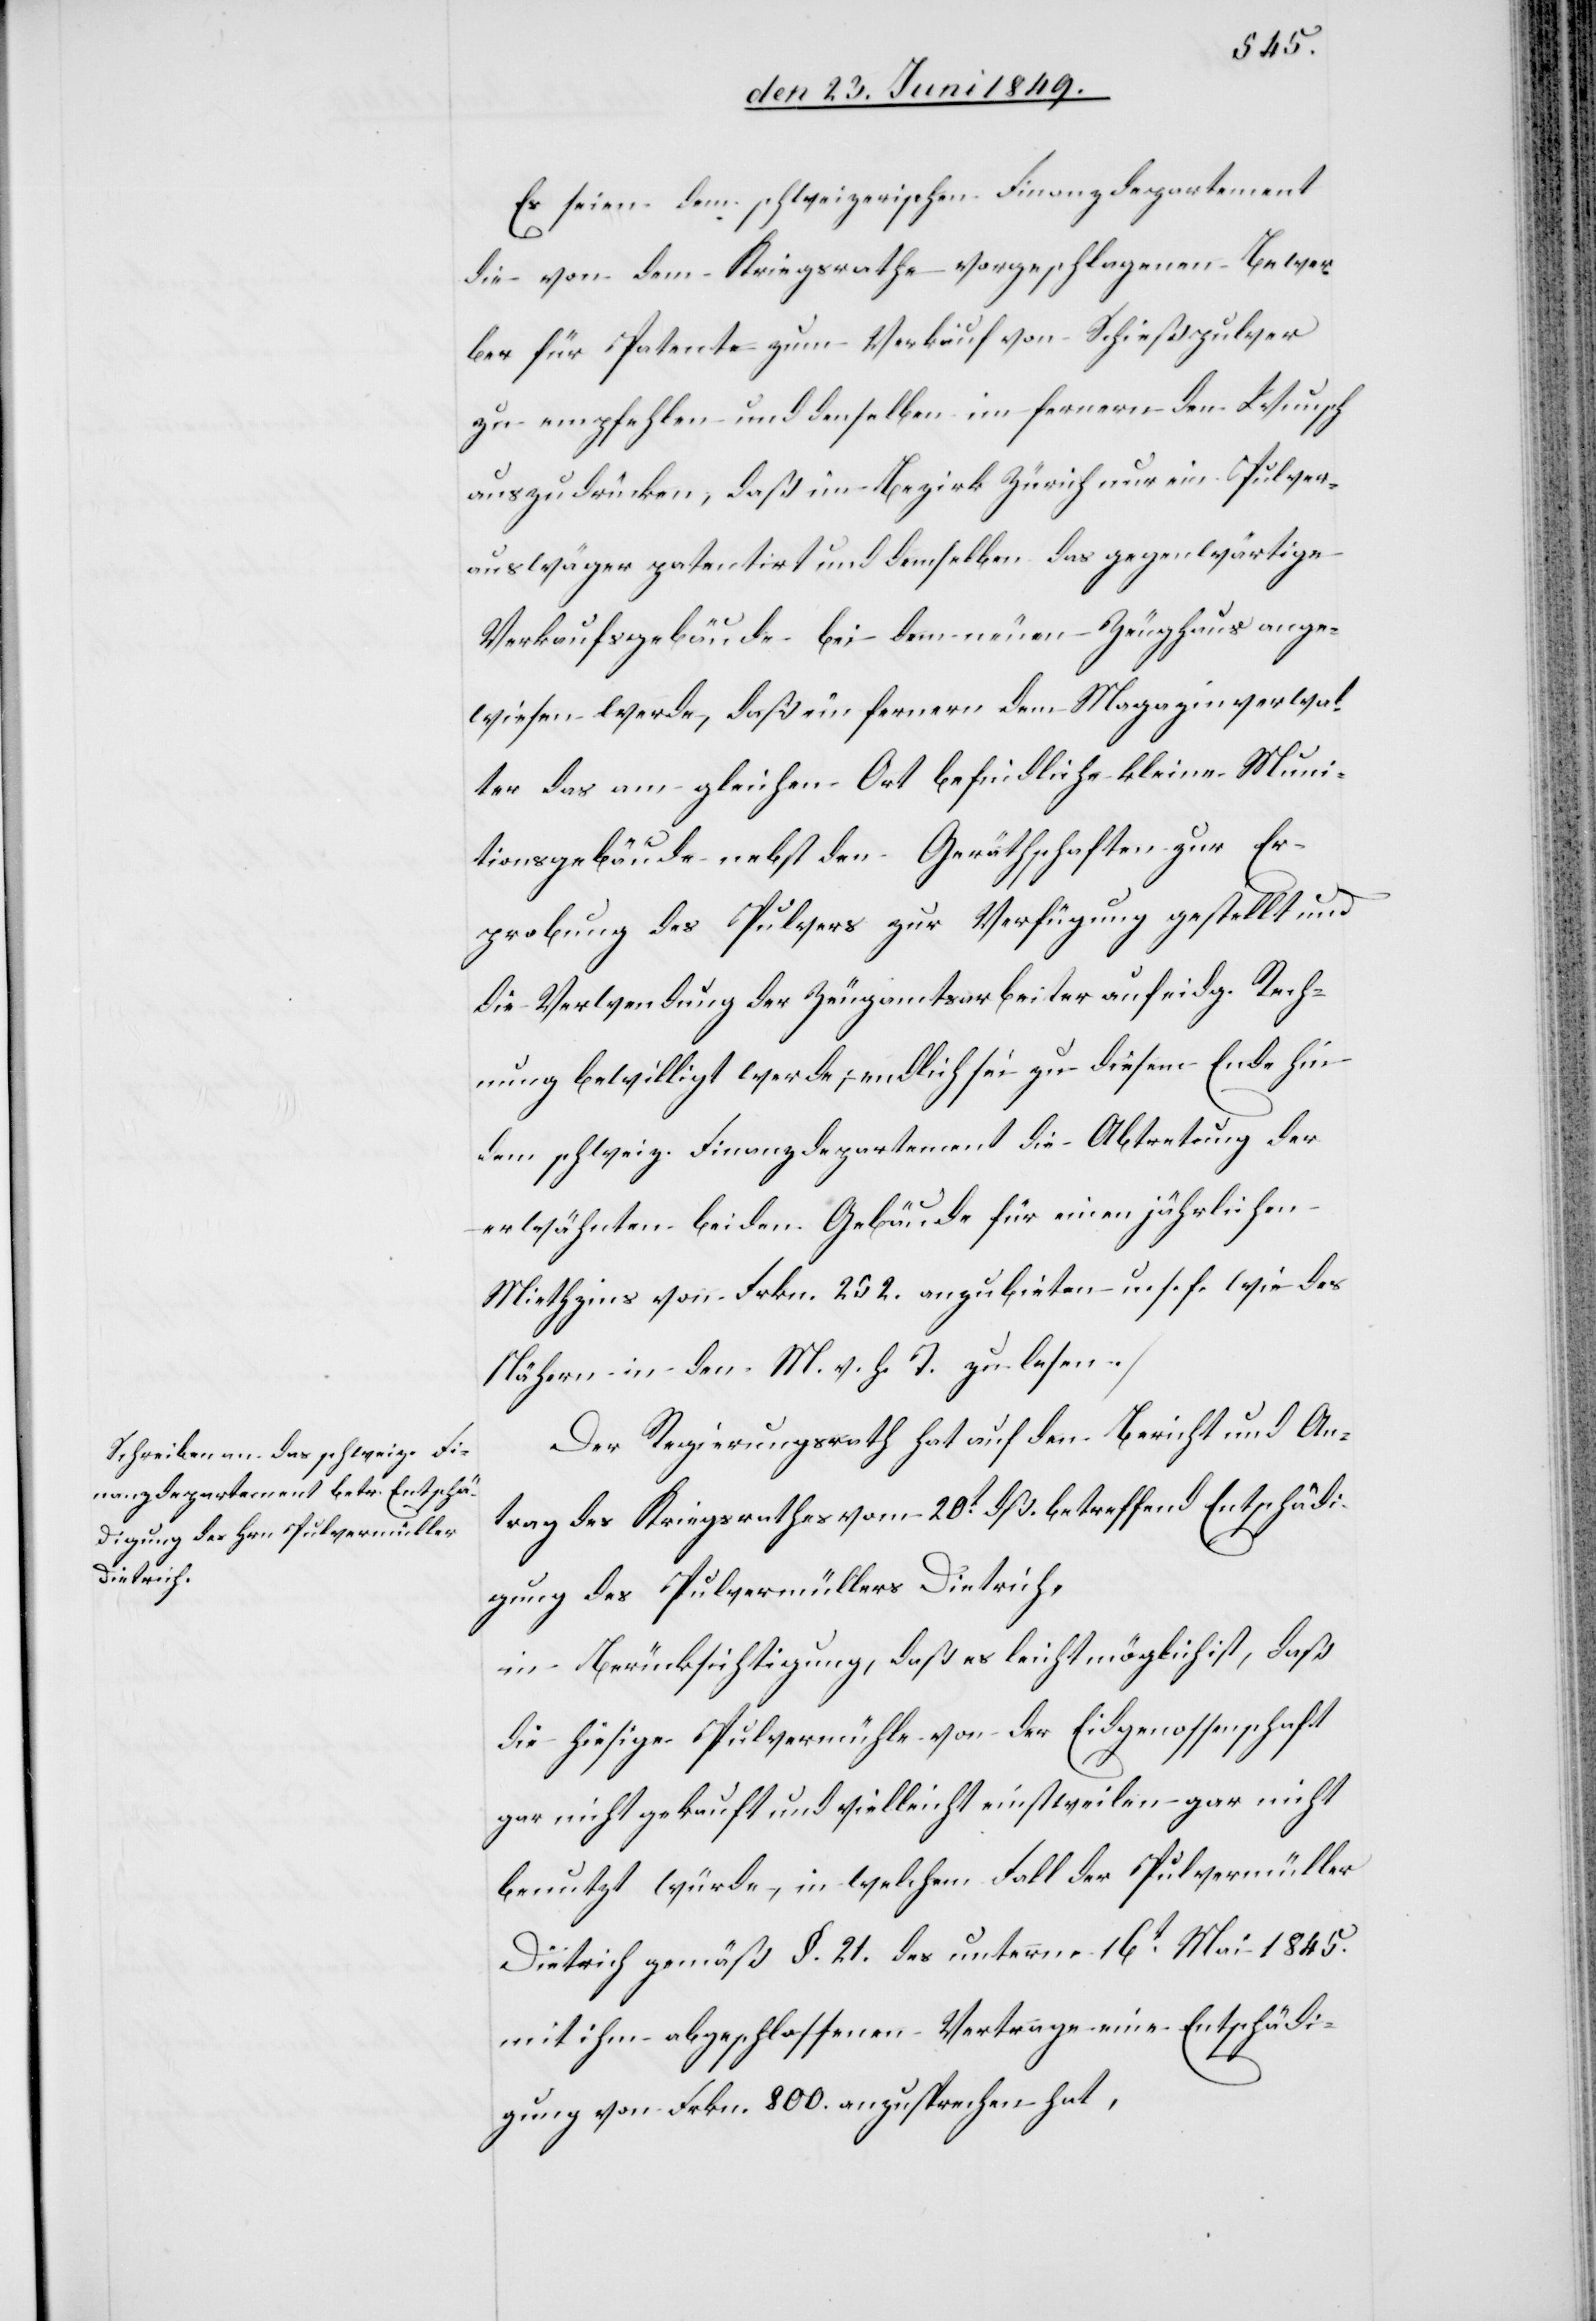
Es seien dem schweizerischen Finanzdepartement
die von dem Kriegsrathe vorgeschlagenen Bewer¬
ber für Patente zum Verkauf von Schießpulver
zu empfehlen und denselben im fernern den Wunsch
auszudrücken, daß im Bezirk Zürich nur ein Pulver¬
auswäger patentirt und demselben das gegenwärtige
Verkaufsgebäude bei dem neuen Zeughaus ange¬
wiesen werde daß im fernern dem Magazinverwal¬
ter das am gleichen Ort befindliche kleine Muni¬
tionsgebäude nebst den Geräthschaften zur Er¬
probung des Pulvers zur Verfügung gestellt und
die Verwendung der Zeugamtsarbeiter auf eidg. Rech¬
nung bewilligt werde; endlich sei zu diesem Ende hin
dem schweiz. Finanzdepartement die Abtretung der
erwähnten beiden Gebäuden für einen jährlichen
Miethzins von Frkn. 252. anzubieten u. s. f. wie des
Nähern in den M. v. H. T. zu lesen.
Der Regierungsrath hat auf den Bericht und An¬
trag des Kriegsrathes vom 20t dß. betreffend Entschädi¬
gung des Pulvermüllers Dietrich,
in Berücksichtigung, daß es leicht möglich ist, daß
die hiesige Pulvermühle von der Eidgenossenschaft
gar nicht gekauft und vielleicht einstweilen gar nicht
benutzt würde, in welchem Fall der Pulvermüller
Dietrich gemäß §. 21. des unterm 16t Mai 1845.
mit ihm abgeschlossenen Vertrage eine Entschädi¬
gung von Frkn. 800. anzusprechen hat,